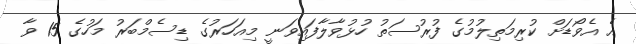
އެ އެވޯޑަށް ކުރިމަތިލުމުގެ ފުރުސަތު ހުޅުވާލާފައިވަނީ މިއަހަރުގެ ޑިސެމްބަރު މަހުގެ 15 ވާ